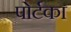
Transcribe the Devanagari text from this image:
पोर्टका